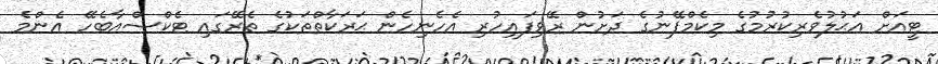
ޓީއަށް އަޙުލުވެރިކުރުމުގެ މިކެމްޕޭނުގެ ދަށުން ރޭވިފައިހުރި އެހެނިހެން ޙަރަކާތްތަކުގެ ތެރޭގައި ޓެކްސްއާބެހޭ އެންމެ